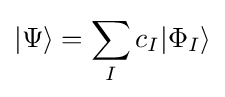
|\Psi \rangle =\sum _{I}c_{I}|\Phi _{I}\rangle